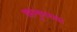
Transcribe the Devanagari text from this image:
खानुमच्या